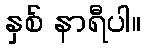
နှစ် နာရီပါ။